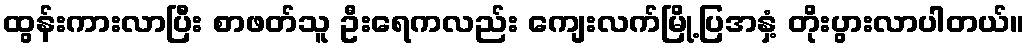
ထွန်းကားလာပြီး စာဖတ်သူ ဦးရေကလည်း ကျေးလက်မြို့ပြအနှံ့ တိုးပွားလာပါတယ်။